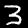
Label: 3